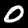
Digit: 0